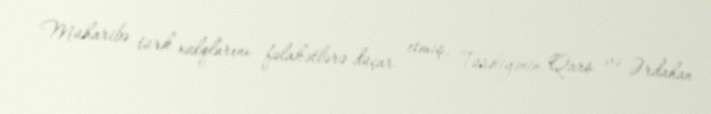
Müharibə türk xalqlarını fəlakətlərə düçar etmiş, Türkiyənin Qars və Ərdahan